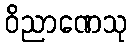
ဝိညာဏေသု